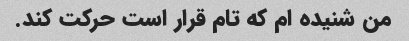
من شنیده ام که تام قرار است حرکت کند.